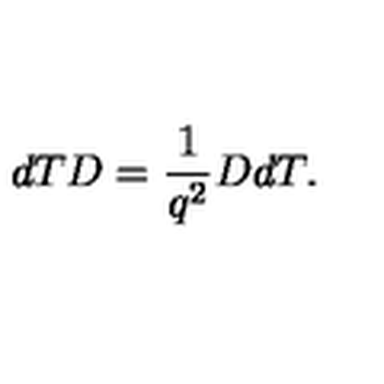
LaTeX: d T D = \frac { 1 } { q ^ { 2 } } D d T .